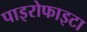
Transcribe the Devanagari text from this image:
पाइरोफाइटा